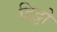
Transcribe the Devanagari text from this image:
डिट्टो